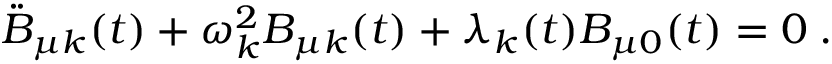
\ddot { B } _ { \mu k } ( t ) + \omega _ { k } ^ { 2 } B _ { \mu k } ( t ) + \lambda _ { k } ( t ) B _ { \mu 0 } ( t ) = 0 \; .